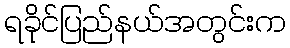
ရခိုင်ပြည်နယ်အတွင်းက